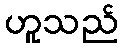
ဟူသည်